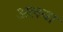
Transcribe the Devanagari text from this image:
अलया